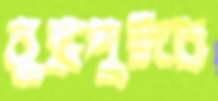
বুদ্ধপুদির